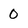
Character: 0